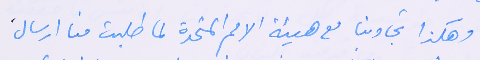
وهكذا تجاوبنا مع هيئة الامم المتحدة لما طلبت منا ارسالَ